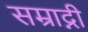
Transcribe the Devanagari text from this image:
सम्राद्नी